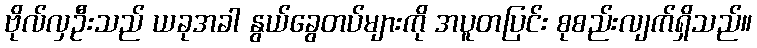
ဗိုလ်လှဦးသည် ယခုအခါ နွယ်ခွေတပ်များကို အပူတပြင်း စုစည်းလျက်ရှိသည်။